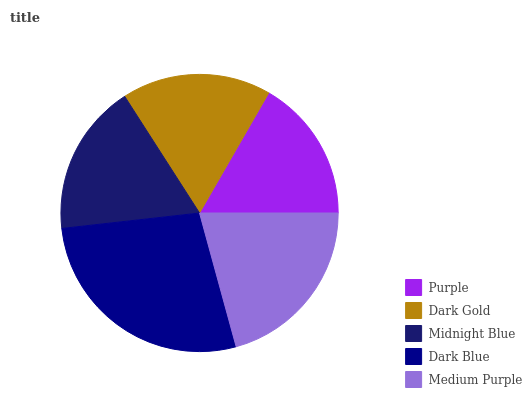
| Purple | Dark Gold | Midnight Blue | Dark Blue | Medium Purple |
 | --- | --- | --- | --- | --- |
 | 16.7% | 17.4% | 17.7% | 27.5% | 20.7% |